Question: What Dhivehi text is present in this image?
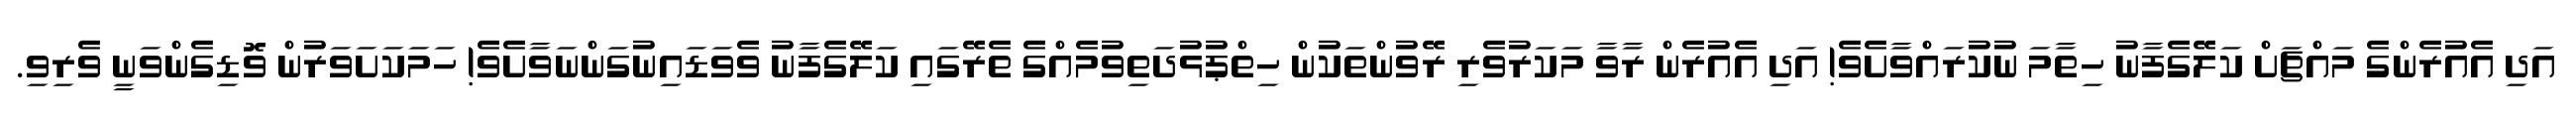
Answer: އަދި އެއުރެންގެ މައްޗަށް ކަލޭގެފާނު ހިތާމަ ނުކުރައްވާށެވެ! އަދި އެއުރެން ރާވާ މަކަރުވެރި ރޭވުންތަކުން ހިތްޕުޅުދަތިވުމެއްގެ ތެރޭގައި ކަލޭގެފާނު ވެވަޑައިނުގަންނަވާށެވެ! ހަމަކަށަވަރުން ވޮޑިގެންވަނީ ވެރިވި.